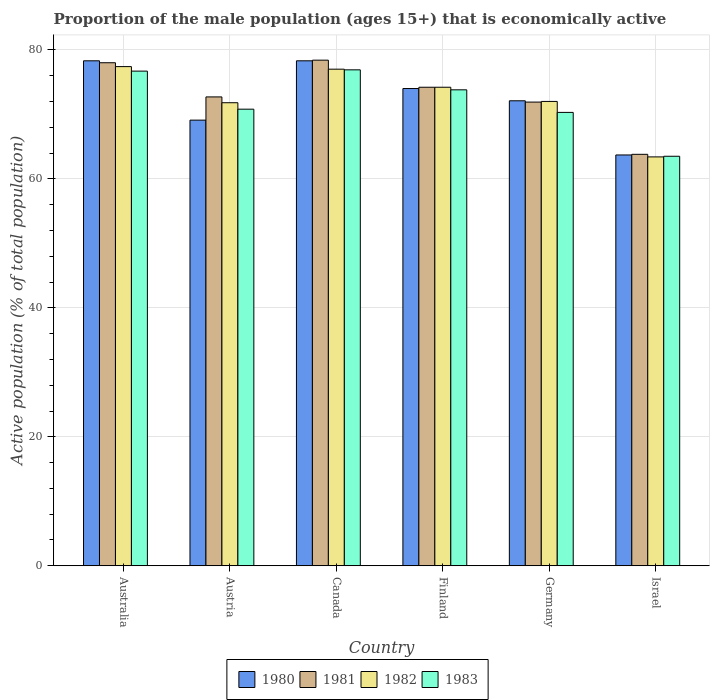
| Country | 1980 | 1981 | 1982 | 1983 |
 | --- | --- | --- | --- | --- |
 | Australia | 78.3 | 78 | 77.4 | 76.7 |
 | Austria | 69.1 | 72.7 | 71.8 | 70.8 |
 | Canada | 78.3 | 78.4 | 77 | 76.9 |
 | Finland | 74 | 74.2 | 74.2 | 73.8 |
 | Germany | 72.1 | 71.9 | 72 | 70.3 |
 | Israel | 63.7 | 63.8 | 63.4 | 63.5 |